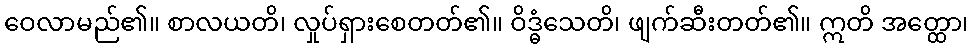
ဝေလာမည်၏။ စာလယတိ၊ လှုပ်ရှားစေတတ်၏။ ဝိဒ္ဓံသေတိ၊ ဖျက်ဆီးတတ်၏။ ဣတိ အတ္ထော၊